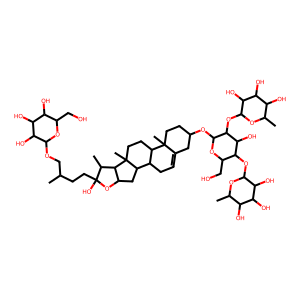
SMILES: CC(CCC1(O)OC2CC3C4CC=C5CC(OC6OC(CO)C(OC7OC(C)C(O)C(O)C7O)C(O)C6OC6OC(C)C(O)C(O)C6O)CCC5(C)C4CCC3(C)C2C1C)COC1OC(CO)C(O)C(O)C1O
Inhibits HIV replication: No